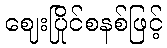
ဈေးပြိုင်စနစ်ဖြင့်